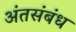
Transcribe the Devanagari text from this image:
अंतसंबंध